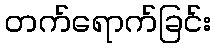
တက်ရောက်ခြင်း